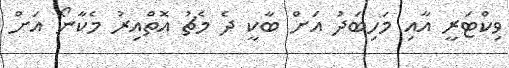
ވިކްޓަރީ އާއި މަހިބަދު އަށް ބާކީ ދެ މެޗު އޮތްއިރު މެކާނޯ އަށް